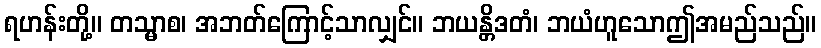
ရဟန်းတို့။ တသ္မာစ၊ အဘတ်ကြောင့်သာလျှင်။ ဘယန္တိဒတံ၊ ဘယံဟူသောဤအမည်သည်။